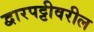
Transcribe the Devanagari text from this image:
द्वारपट्टीवरील